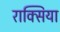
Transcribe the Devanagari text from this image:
राक्सिया